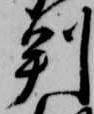
判